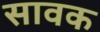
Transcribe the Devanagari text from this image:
सावक